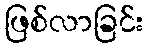
ဖြစ်လာခြင်း